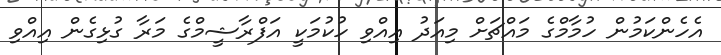
އެހެންކަމުން ހުމާމްގެ މައްޗަށް މިއަދު އިއްވި ހުކުމަކީ އަފްރާޝީމްގެ މަރާ ގުޅިގެން އިއްވި